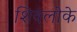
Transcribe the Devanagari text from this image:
शिवलोके